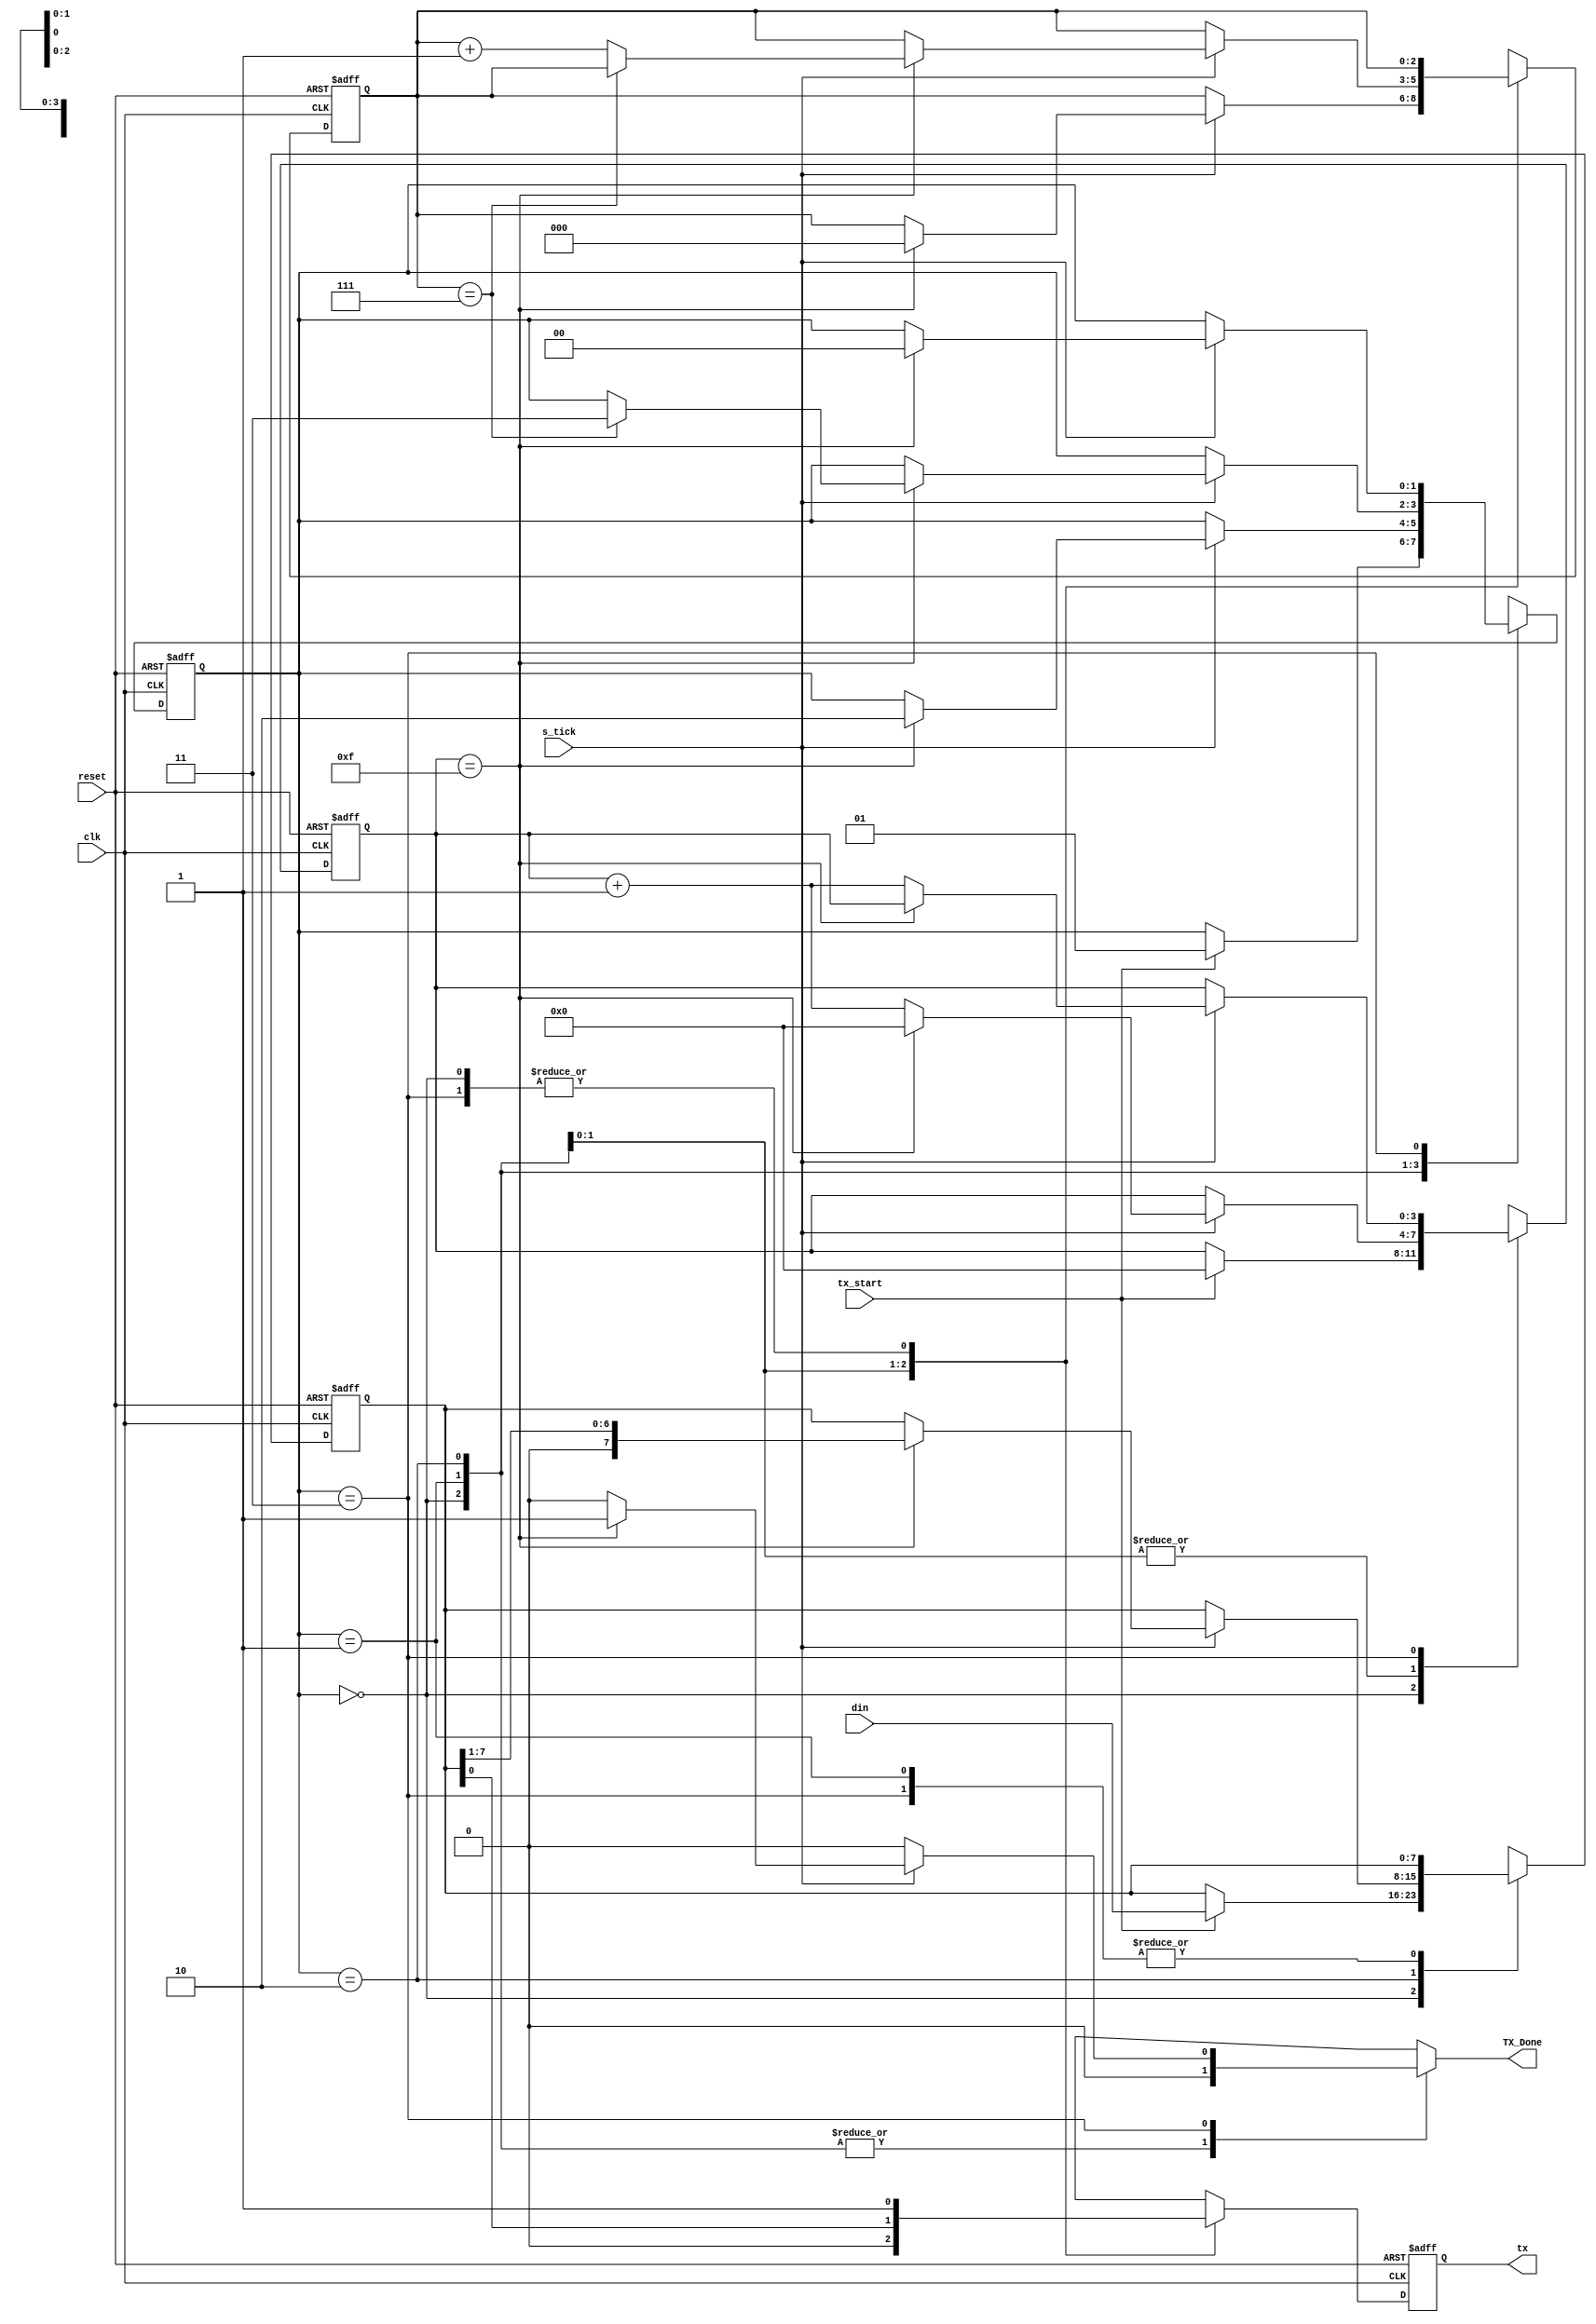
module Transmisor#(parameter DBIT=8, SB_TICK=16)(
	input wire clk, reset,
	input wire tx_start, s_tick,
	input wire [7:0] din,
	output reg TX_Done=0,
	output wire tx
	);
   localparam [1:0]
					idle = 2'b00,
					start = 2'b01,
					data = 2'b10,
					stop = 2'b11;
	reg [1:0] state_reg=0, state_next=0;
	reg [3:0] s_reg=0, s_next=0;
	reg [2:0] n_reg=0, n_next=0;
	reg [7:0] b_reg=0, b_next=0;
	reg tx_reg=1, tx_next=1;
	always @(posedge clk, posedge reset)
		if (reset)
			begin
				state_reg <= idle;
				s_reg <= 0;
				n_reg <= 0;
				b_reg <= 0 ;
				tx_reg <= 1'b1;
			end
		else
			begin
				state_reg <= state_next;
				s_reg <= s_next;
				n_reg <= n_next;
				b_reg <= b_next;
				tx_reg <= tx_next;
			end
	always @*
	begin
		state_next = state_reg;
		TX_Done = 1'b0;
		s_next = s_reg;
		n_next = n_reg;
		b_next = b_reg;
		tx_next = tx_reg;
		case (state_reg)
			idle:
				begin
					tx_next = 1'b1;
					if (tx_start)
						begin
							state_next = start;
							s_next =0;
							b_next = din;
						end
				end
			start:
				begin
					tx_next =1'b0;
					if (s_tick)
						if (s_reg ==15)
							begin
								state_next = data;
								s_next = 0;
								n_next = 0;
							end
						else
							s_next = s_reg + 1;
				end
			data:
				begin
					tx_next =b_reg[0];
					if (s_tick)
						if (s_reg == 15)
							begin
								s_next =0;
								b_next = b_reg>>1;
								if (n_reg==(DBIT-1))
									state_next = stop;
								else
									n_next = n_reg + 1;
							end
						else
							s_next = s_reg + 1;
				end
			stop:
				begin
					tx_next =1'b1;
					if (s_tick)
						if (s_reg==(SB_TICK-1 ))
							begin
								state_next = idle;
								TX_Done = 1'b1;
							end
						else
						s_next = s_reg+ 1;
				end
		endcase
	end
	assign tx = tx_reg;
endmodule